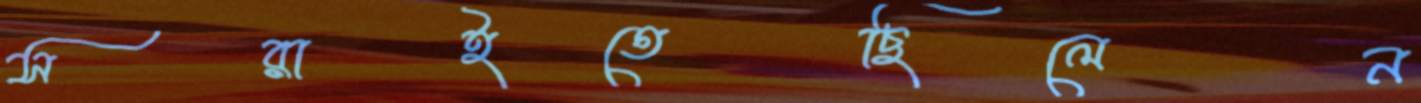
সরাইতেছিলেন